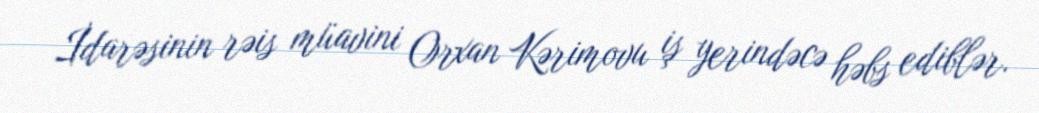
İdarəsinin rəis müavini Orxan Kərimovu iş yerindəcə həbs ediblər.